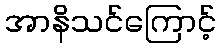
အာနိသင်ကြောင့်